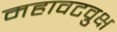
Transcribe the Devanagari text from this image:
महावटव्रुक्ष